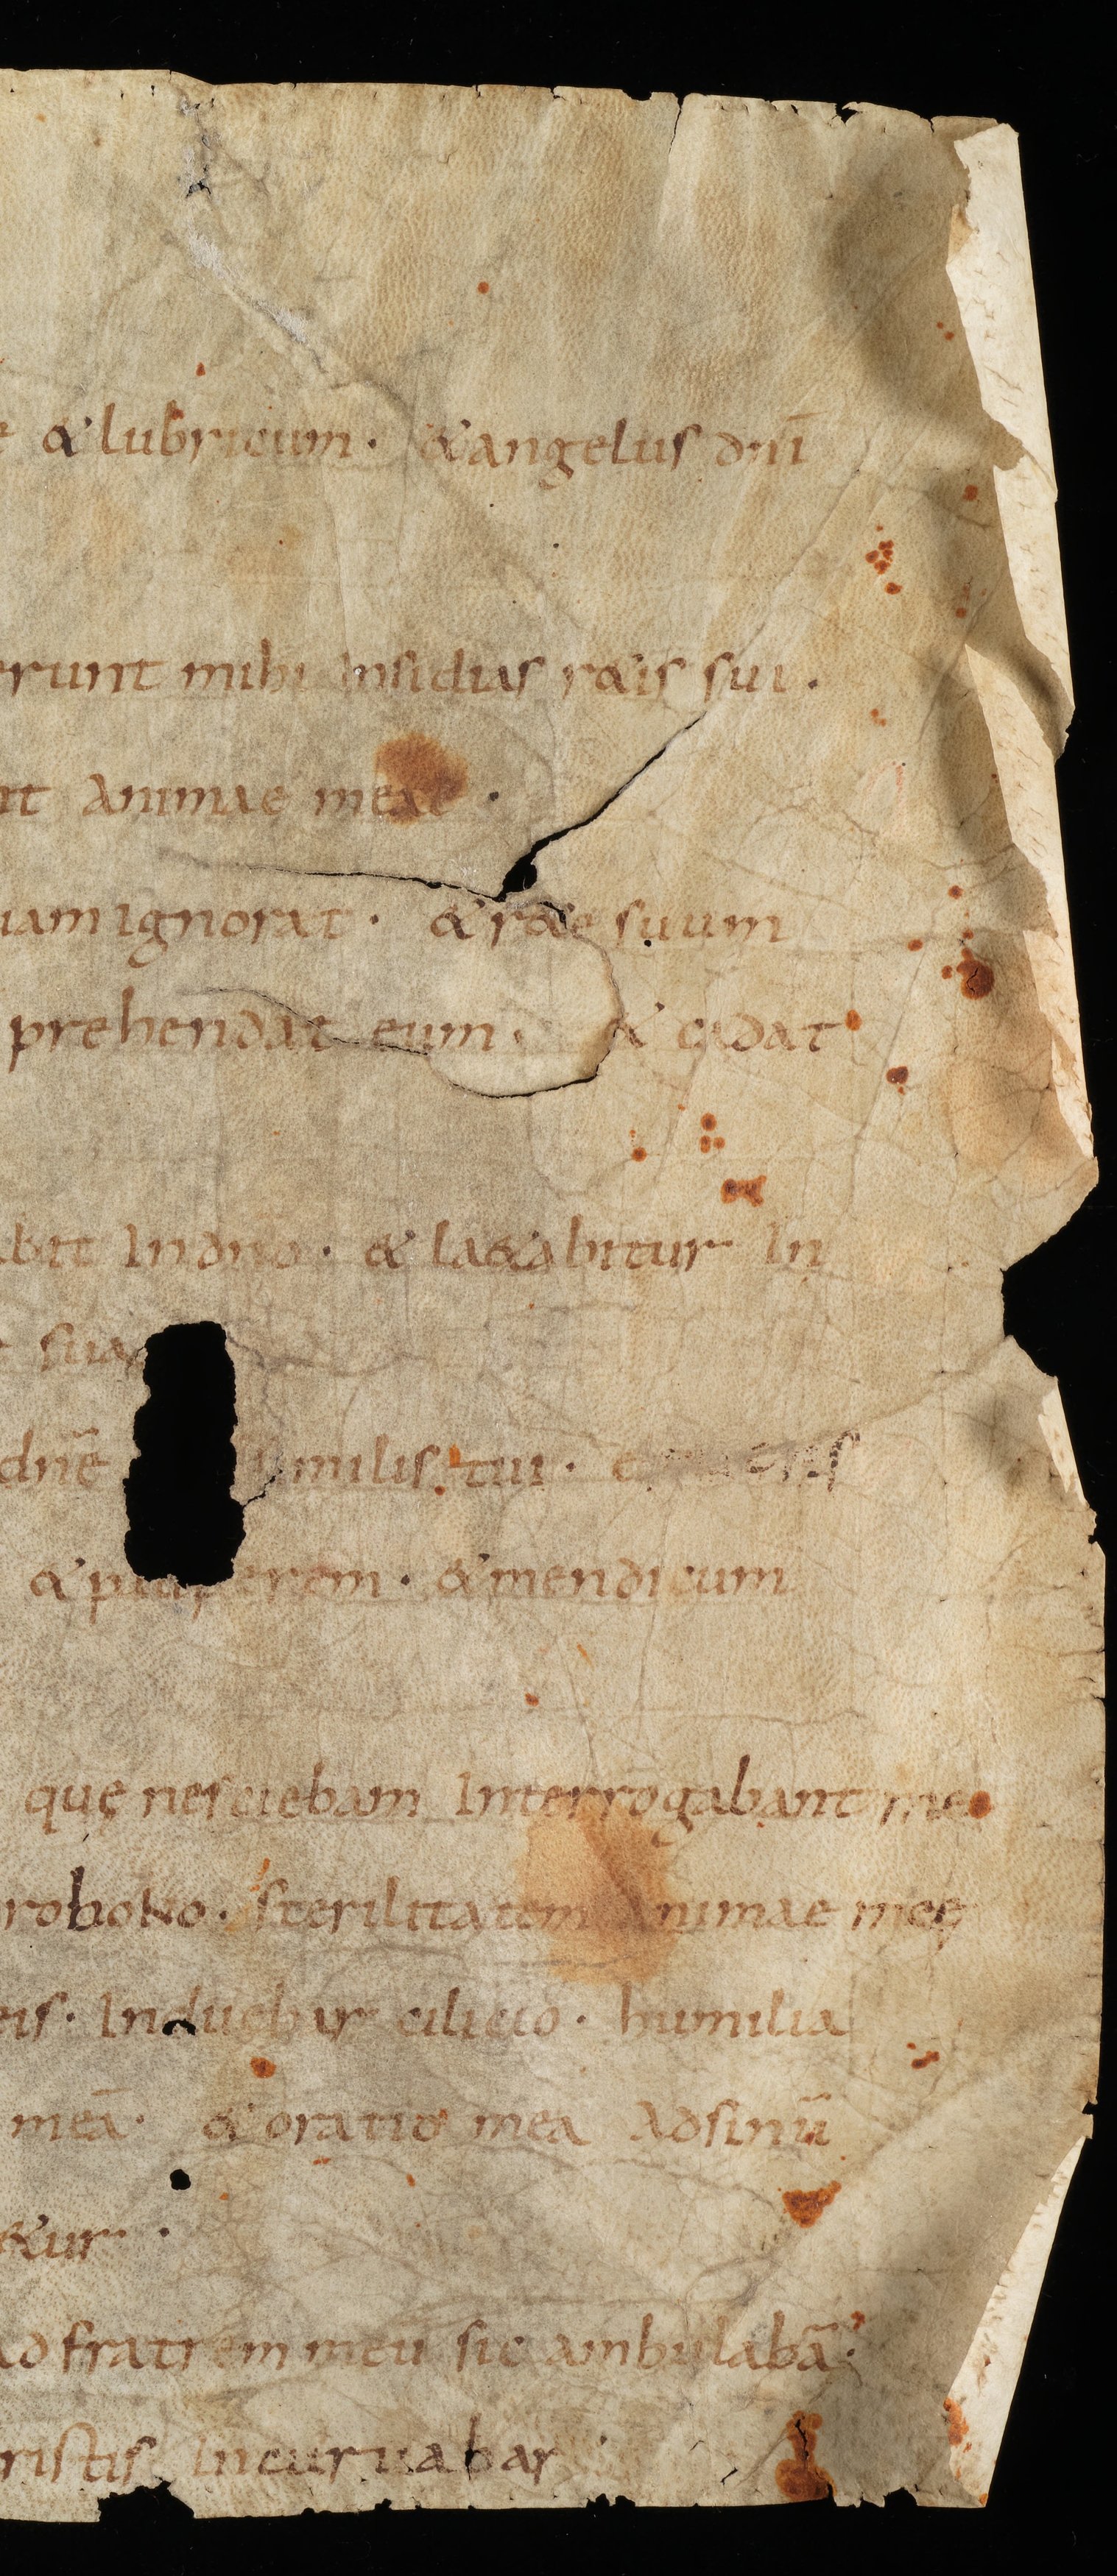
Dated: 885–999